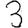
Digit: 3